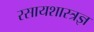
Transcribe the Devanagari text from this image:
रसायशास्त्रज्ञ